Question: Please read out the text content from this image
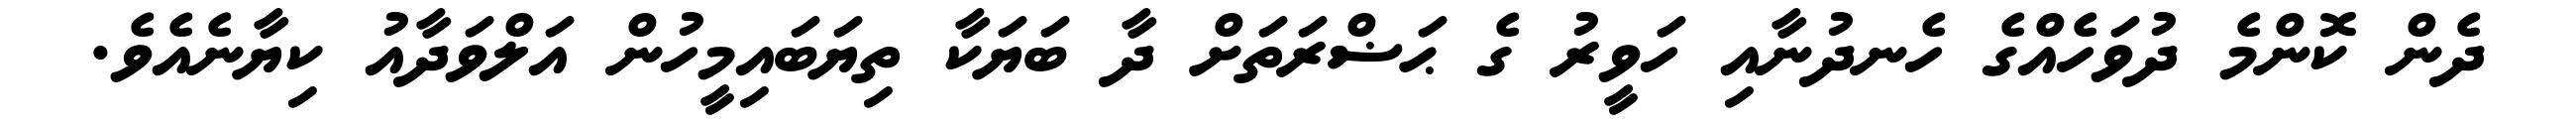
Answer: ދެން ކޮންމެ ދުވަހެއްގެ ހެނދުނާއި ހަވީރު ގެ ޙަޟްރަތަށް ދާ ބަޔަކާ ތިޔަބައިމީހުން އަލްވަދާއު ކިޔާނެއެވެ.